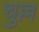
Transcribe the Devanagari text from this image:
चुल्ल